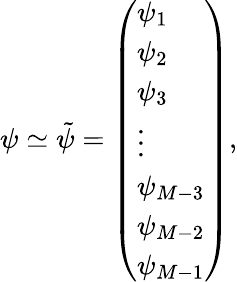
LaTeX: \psi\simeq\tilde{\psi}=\left(\begin{array}{l}{\psi_{1}}\\ {\psi_{2}}\\ {\psi_{3}}\\ {\vdots}\\ {\psi_{M-3}}\\ {\psi_{M-2}}\\ {\psi_{M-1}}\end{array}\right),